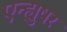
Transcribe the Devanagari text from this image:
एन्ह्युषर